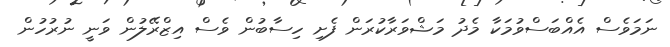
ނަމަވެސް އެއްބަސްވުމަކާ މެދު މަޝްވަރާކުރަން ފެށި ހިސާބުން ވެސް އިޒްރޭލުން ވަނީ ނުރުހުން